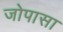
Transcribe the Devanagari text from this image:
जोपासा